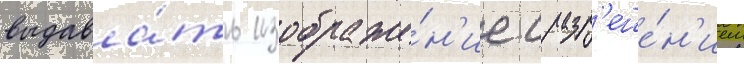
выдава́ть изображе́н'ие с разр'еше́н'ием